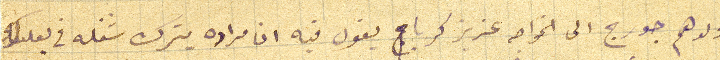
ولدهم جورج الى الخواجه عزيز كرباج يقول فيه ان مراده يترك شغله في بعلبك